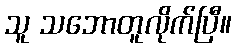
သူ သဘောတူလိုက်ပြီ။